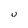
Character: u